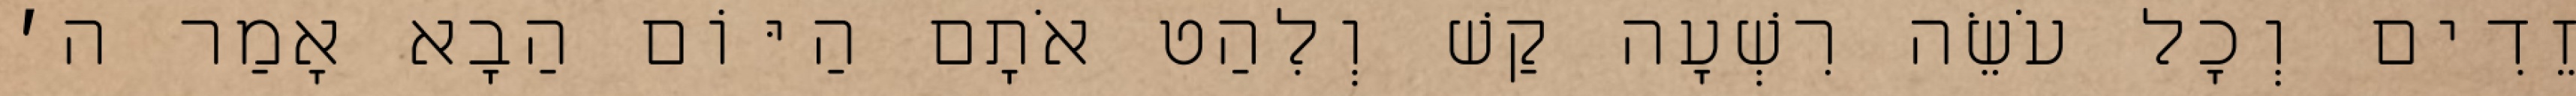
זֵדִים וְכׇל עֹשֵׂה רִשְׁעָה קַשׁ וְלִהַט אֹתָם הַיּוֹם הַבָא אָמַר ה׳